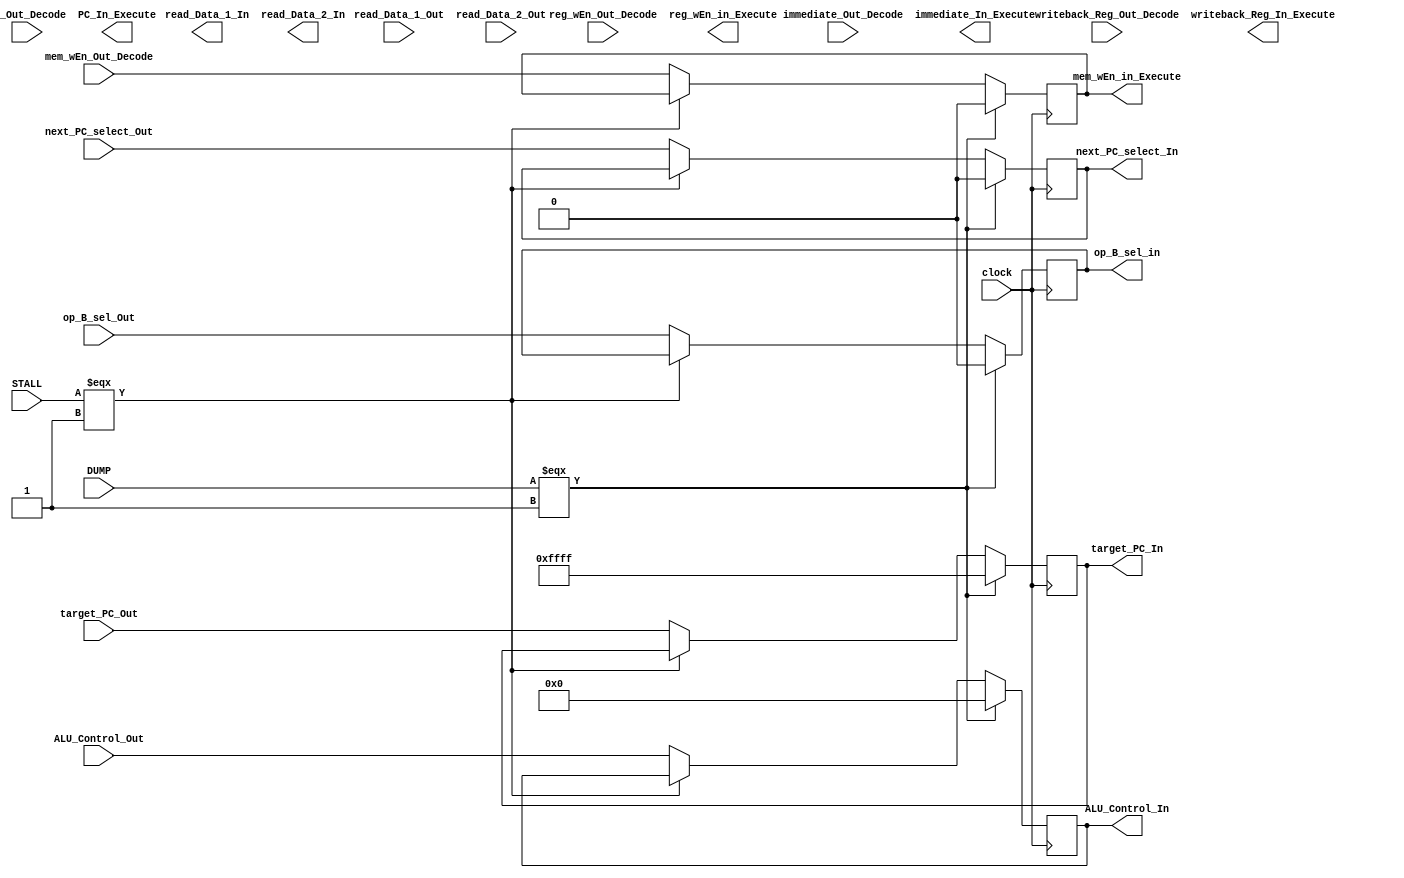
module Decode_Execute_Moderator(
        input clock,
        
        input [5:0] ALU_Control_Out,
        input next_PC_select_Out,
        input [15:0] target_PC_Out,
        input op_B_sel_Out, //if output moderator is not included, bits are used in next stage
        input mem_wEn_Out_Decode, //if output stage is included, bits used in further stage
        input reg_wEn_Out_Decode,
        input [15:0] PC_Out_Decode,
        
        input [31:0] read_Data_1_Out,
        input [31:0] read_Data_2_Out,
        
        input [31:0] immediate_Out_Decode,
        input [4:0] writeback_Reg_Out_Decode,
        
        
        input DUMP,
        input STALL,
        
        output [5:0] ALU_Control_In,
        output next_PC_select_In,
        output [15:0] target_PC_In,
        output [15:0] PC_In_Execute,
        output op_B_sel_in,
        output mem_wEn_in_Execute,
        output reg_wEn_in_Execute,
        output [31:0] read_Data_1_In,
        output [31:0] read_Data_2_In,
        output [31:0] immediate_In_Execute,
        output [4:0] writeback_Reg_In_Execute
        
    );
//assign a register to each section of the bits that go through moderator
reg [5:0] ALU_Control_Reg;
reg next_PC_Reg; //PC Select
reg [15:0] target_PC_Reg;
reg op_B_Reg;
reg mem_wEn_Reg;
reg reg_wEn_Reg;
reg [15:0] PC_Reg;
reg [31:0] read_Data_1_Reg;
reg [31:0] read_Data_2_Reg;
reg [31:0] immediate_Reg;
reg [4:0] writeback_Reg_Reg;


//assign output equal to the registers

assign ALU_Control_In = ALU_Control_Reg;
assign next_PC_select_In = next_PC_Reg;
assign target_PC_In = target_PC_Reg;
assign PC_In_Execute = PC_Reg;
assign op_B_sel_in = op_B_Reg;
assign mem_wEn_in_Execute = mem_wEn_Reg;
assign reg_wEn_in_Execute = reg_wEn_Reg;
assign read_Data_1_In = read_Data_1_Reg;
assign read_Data_2_In = read_Data_2_Reg;
assign immediate_In_Execute = immediate_Reg;
assign writeback_Reg_In_Execute = writeback_Reg_Reg;

//assign wires for output of STALL and DUMP mux, input goes through stall mux
wire [5:0] ALU_Control_STALL;
wire [5:0] ALU_Control_DUMP;
wire next_PC_STALL;
wire next_PC_DUMP;
wire [15:0] target_PC_STALL;
wire [15:0] target_PC_DUMP;
wire op_B_STALL;
wire op_B_DUMP;
wire mem_wEn_STALL;
wire mem_wEn_DUMP;
wire reg_wEn_STALL;
wire reg_wEn_DUMP;
wire [15:0] PC_STALL;
wire [15:0] PC_DUMP;
wire [31:0] read_Data_1_STALL;
wire [31:0] read_Data_1_DUMP;
wire [31:0] read_Data_2_STALL;
wire [31:0] read_Data_1_DUMP;
wire [31:0] immediate_STALL;
wire [31:0] immediate_DUMP;
wire [4:0] writeback_Reg_STALL;
wire [4:0] writeback_Reg_DUMP;


assign  ALU_Control_STALL = (STALL === 1) ? ALU_Control_In:
                                            ALU_Control_Out;          
assign  ALU_Control_DUMP  = (DUMP === 1)  ? 6'b000000:
                                           ALU_Control_STALL;
assign next_PC_STALL      = (STALL === 1) ? next_PC_select_In:
                                            next_PC_select_Out;
assign next_PC_DUMP       = (DUMP === 1)  ? 1'b0:
                                             next_PC_STALL;
assign target_PC_STALL    = (STALL === 1) ? target_PC_In:
                                            target_PC_Out;
assign target_PC_DUMP     = (DUMP === 1)  ? 16'b1111111111111111:
                                           target_PC_STALL;
assign op_B_STALL         = (STALL === 1) ? op_B_sel_in:
                                            op_B_sel_Out;
assign op_B_DUMP          = (DUMP === 1)  ? 1'b0:
                                            op_B_STALL;
assign mem_wEn_STALL      = (STALL === 1) ? mem_wEn_Reg:    //might have to assign to reg rather than output
                                            mem_wEn_Out_Decode;
assign mem_wEn_DUMP       = (DUMP === 1) ? 1'b0:
                                           mem_wEn_STALL;
  
                                      


always @(posedge clock)
begin
    ALU_Control_Reg = ALU_Control_DUMP;
    next_PC_Reg     = next_PC_DUMP;
    target_PC_Reg   = target_PC_DUMP;
    op_B_Reg        = op_B_DUMP;
    mem_wEn_Reg     = mem_wEn_DUMP;
       
end

endmodule